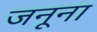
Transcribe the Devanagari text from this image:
जनूना